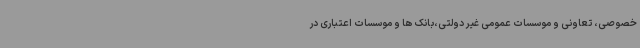
خصوصی، تعاونی و موسسات عمومی غیر دولتی،بانک ها و موسسات اعتباری در